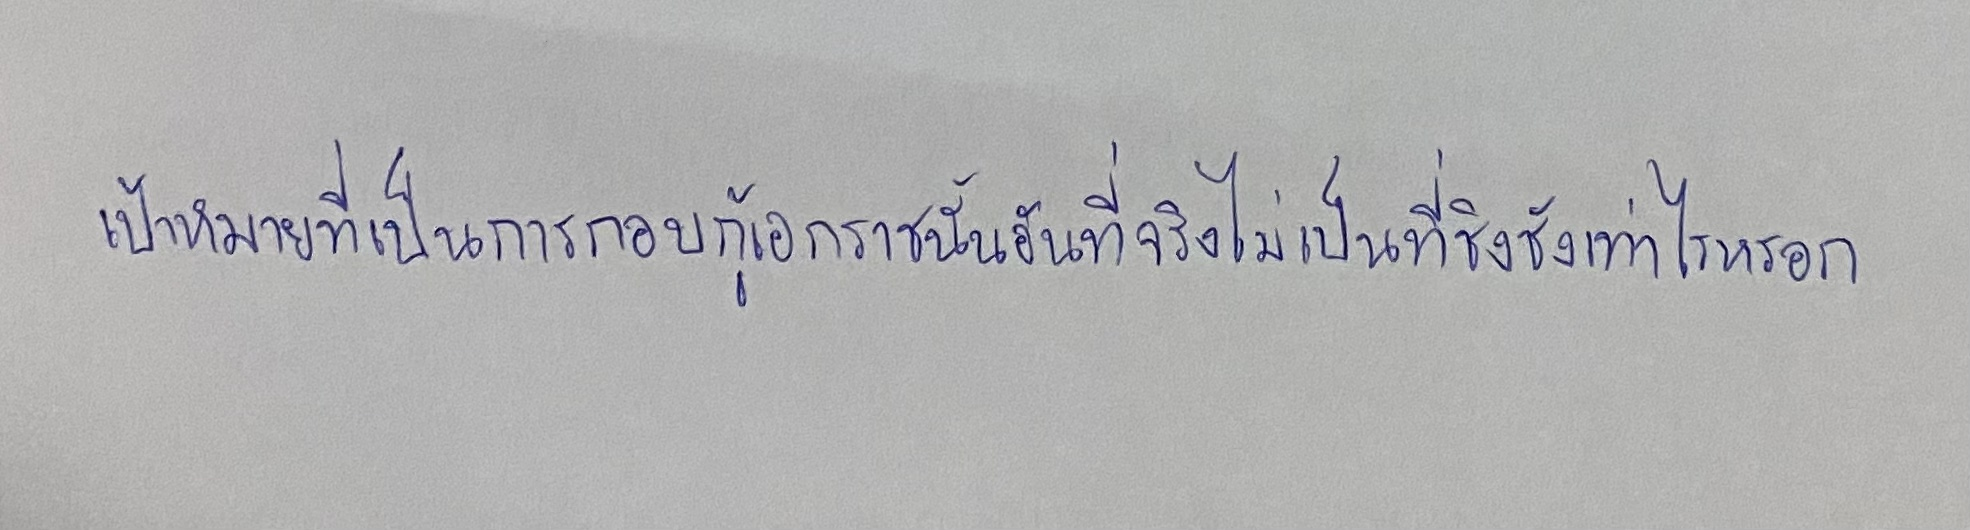
เป้าหมายที่เป็นการกอบกู้เอกราชนั้นอันที่จริงไม่เป็นที่ชิงชังเท่าไรหรอก